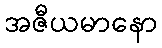
အဇီယမာနော